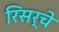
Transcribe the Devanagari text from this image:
रिसर्चे